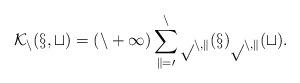
LaTeX: \begin{align*}\cal K_n(x,t) = (n+1) \sum_{k=0}^n p_{n,k}(x) p_{n,k}(t).\end{align*}